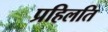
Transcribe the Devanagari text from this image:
प्रहिलति